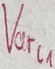
Text: Varl1